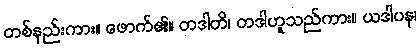
တစ်နည်းကား။ ဖောက်၏။ တဒါတိ၊ တဒါဟူသည်ကား။ ယဒါပန၊